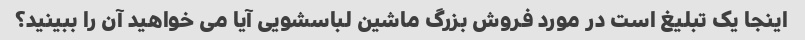
اینجا یک تبلیغ است در مورد فروش بزرگ ماشین لباسشویی آیا می خواهید آن را ببینید؟